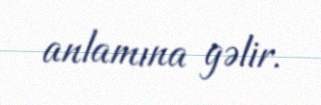
anlamına gəlir.